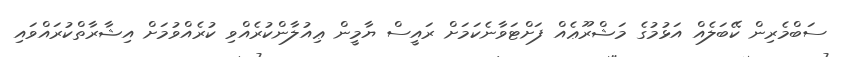
ސަބްމެރިން ކޭބަލެއް އަޅުމުގެ މަޝްރޫޢެއް ފަށްޓަވާނެކަމަށް ރައީސް ޔާމީން ޢިއުލާންކުރެއްވި ކުރެއްވުމަށް އިޝާރާތްކުރައްވައި